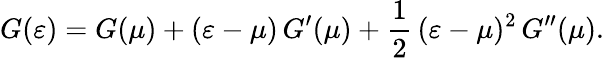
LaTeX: G(\varepsilon)=G(\mu)+(\varepsilon-\mu)\, G^{\prime}(\mu)+\frac{1}{2}\, (\varepsilon-\mu)^{2}\, G^{\prime\prime}(\mu).